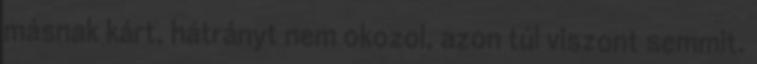
másnak kárt, hátrányt nem okozol, azon túl viszont semmit.